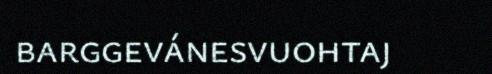
barggevánesvuohtaj